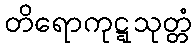
တိရောကုဋ္ဋသုတ္တံ